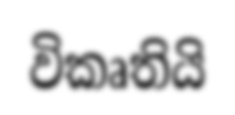
විකෘතියි